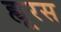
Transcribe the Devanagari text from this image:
ह्यूरस